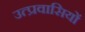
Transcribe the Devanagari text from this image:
उत्प्रवासियों